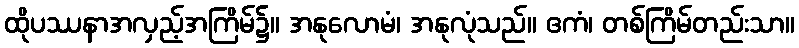
ထိုပဿနာအလှည့်အကြိမ်၌။ အနုလောမံ၊ အနုလုံသည်။ ဧကံ၊ တစ်ကြိမ်တည်းသာ။